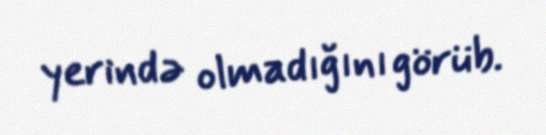
yerində olmadığını görüb.